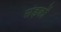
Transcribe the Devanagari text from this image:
संड़कों